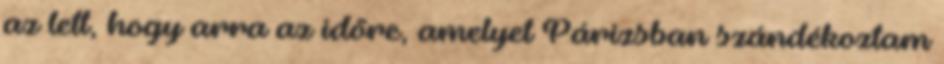
az lett, hogy arra az időre, amelyet Párizsban szándékoztam